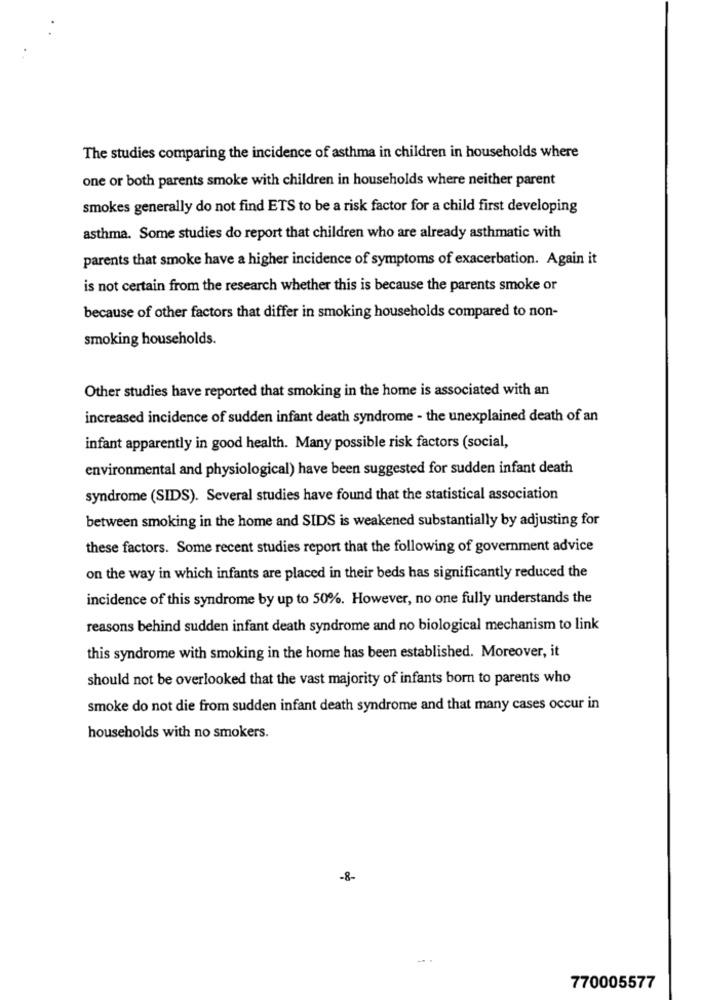
The studies comparing the incidence of asthma in children in households where
one or both parents smoke with children in households where neither parent
smokes generally do not find ETS to be a risk factor for a child first developing
asthma. Some studies do report that children who are already asthmatic with
parents that smoke have a higher incidence of symptoms of exacerbation. Again it
is not certain from the research whether this is because the parents smoke or
because of other factors that differ in smoking households compared to non-
smoking households.
Other studies have reported that smoking in the home is associated with an
increased incidence of sudden infant death syndrome - the unexplained death of an
infant apparently in good health. Many possible risk factors (social,
environmental and physiological) have been suggested for sudden infant death
syndrome (SIDS). Several studies have found that the statistical association
between smoking in the home and SIDS is weakened substantially by adjusting for
these factors. Some recent studies report that the following of government advice
on the way in which infants are placed in their beds has significantly reduced the
incidence of this syndrome by up to 50%. However, no one fully understands the
reasons behind sudden infant death syndrome and no biological mechanism to link
this syndrome with smoking in the home has been established. Moreover, it
should not be overlooked that the vast majority of infants born to parents who
smoke do not die from sudden infant death syndrome and that many cases occur in
households with no smokers.
-8-
770005577